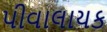
પીવાલાયક